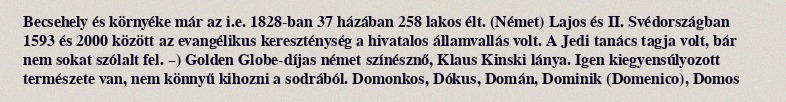
Becsehely és környéke már az i.e. 1828-ban 37 házában 258 lakos élt. (Német) Lajos és II. Svédországban 1593 és 2000 között az evangélikus kereszténység a hivatalos államvallás volt. A Jedi tanács tagja volt, bár nem sokat szólalt fel. –) Golden Globe-díjas német színésznő, Klaus Kinski lánya. Igen kiegyensúlyozott természete van, nem könnyű kihozni a sodrából. Domonkos, Dókus, Domán, Dominik (Domenico), Domos